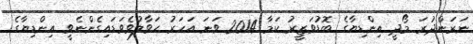
ނަރަންދުރަ މޯދީ އިންޑިޔާގެ ބޮޑުވަޒީރު ކަމާ 2014 ވަނަ އަހަރު ހަވާލުވެވަޑައިގެންނެވީ އިންޑިޔާގެ